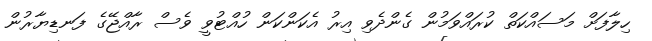
ހިލާފަށް މަސައްކަތް ކުރައްވަމުން ގެންދެވި އިރު އެކަންކަން ހުއްޓުވީ ވެސް ރާއްޖޭގެ ފަނޑިޔާރުން